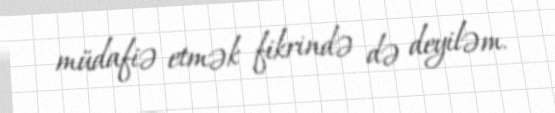
müdafiə etmək fikrində də deyiləm.